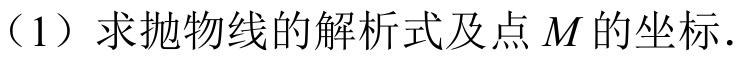
（1）求抛物线的解析式及点\(M\)的坐标.